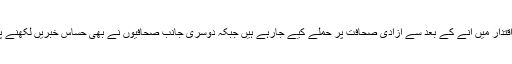
ناقدین کا کہنا ہے کہ 2014 میں نریندر مودی کے اقتدار میں آنے کے بعد سے آزادی صحافت پر حملے کیے جارہے ہیں جبکہ دوسری جانب صحافیوں نے بھی حساس خبریں لکھنے پر سخت رد عمل کا سامنا کرنے کی شکایت کی ہے۔